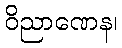
ဝိညာဏေန၊